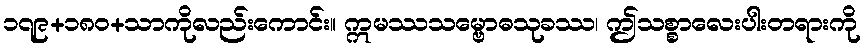
၁၇၉+၁၈၀+သာကိုလည်းကောင်း။ ဣမဿသမ္ဗောဓသုခဿ၊ ဤသစ္စာလေးပါးတရားကို